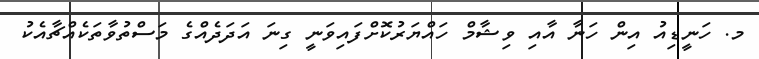
މ. ހަނީޑިއު އިން ހަނާ އާއި ވިޝާމް ހައްޔަރުކޮށްފައިވަނީ ގިނަ އަދަދެއްގެ މަސްތުވާތަކެއްޗާއެކު